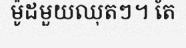
ម៉ូដមួយឈុតៗ។ តែ